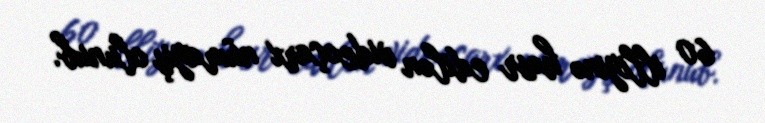
60 illiyinə həsr edilən videoçarx nümayiş olunub.